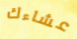
عشاءك